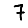
Digit: 7